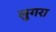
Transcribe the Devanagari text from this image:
लुगरा